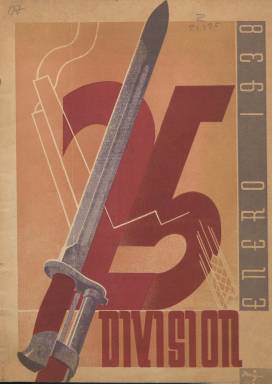
Título: 25 División
Otros títulos: Veinticinco División
Colección: Guerra civil
Ámbito geográfico: Teruel
Lugar de publicación: Alcañiz [Teruel]
Fechas: 01/01/1938-31/01/1938

Con este título tan corto y explícito fue editada esta revista, unas de tantas de las publicadas por el Ejército Popular de la República durante la Guerra Civil. En este caso el responsable de la publicación es el Comisariado de la División, el órgano del Partido Comunista encargado de supervisar la unidad militar y facilitar la coordinación entre el mando profesional y las milicias populares.

  La BNE posee sólo el segundo número, de enero de 1938, pero no parece que se editaran más. Al frente de la 25 División estaba el coronel Juan Ibarrola, militar que había destacado durante la guerra de Marruecos. La unidad militar recibió el nombre de Columna Norte en la toma de la ciudad de Teruel.

   Precisamente la revista está dedicada en gran parte a glosar la toma de Teruel por las tropas republicanas en diciembre de 1937, con varias páginas de información y amplio despliegue gráfico. La conquista de esta ciudad aragonesa se planteó por parte del mando republicano como una ofensiva para contrarrestar la presión del bando nacionalista sobre Madrid. Franco decidió cambiar de estrategia y en febrero las tropas nacionales retomaron Teruel. Estas operaciones fueron de las más mortíferas de la guerra, a lo que contribuyó el intenso frío del invierno.

   Al margen de los episodios bélicos y de las páginas de propaganda, hay algunos reportajes curiosos en este número de la revista, como el titulado ‘Campos y fábricas de cara a la guerra’, con fotos curiosas como en la que vemos las labores de trilla y amontonado del grano en una era con animales, u otro sobre la recolección de la aceituna titulado ‘La cosecha de la oliva’.

 Entre las páginas destinadas a fomentar la moral del soldado y su espíritu de lucha destaca la titulada ‘El problema sexual del soldado’, que es muy esclarecedora de uno de los problemas internos con los que se enfrentaba un ejército de hombres jóvenes. Se trataba de evitar que los soldados se masturbaran y acudieran a los burdeles, donde podían perder energía para el combate. El artículo decía expresamente: ‘Los mozos fuertes y dignos pueden debilitarse o caer en las mayores degradaciones y contraer enfermedades que se llevan la salud y dejan inútiles para toda la vida. Y el soldado que por negligencia pierde su eficacia o tiene que causar baja, por tal motivo, es igual que el desertor que traiciona a sus compañeros y a la causa que defiende’.

    La impresión que causa la revista en general es de un producto bien hecho. Con 35 páginas, todo un lujo con la escasez producida por la guerra, es toda una demostración de que a principios de 1938 en el ejército republicano había una moral de victoria muy fuerte.

   Tras la guerra el jefe de la 25 División, Juan Ibarrola, que era capitán de la Guardia Civil cuando comenzó el conflicto, fue internado en un campo de concentración. Fue juzgado en consejo de guerra y condenado a muerte, pero se le conmutó la pena por 30 años de prisión. Se benefició de un indulto y salió de la cárcel tras la II Guerra Mundial y falleció en 1976 en su tierra, el País Vasco.

[Descripción publicada el 16/8/2022]